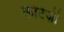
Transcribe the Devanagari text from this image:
कोर्टेज़ी